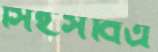
সিইসবিএ